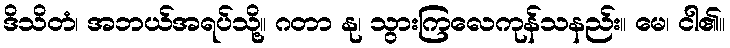
ဒိသိတံ၊ အဘယ်အရပ်သို့။ ဂတာ နု၊ သွားကြလေကုန်သနည်း။ မေ၊ ငါ၏။